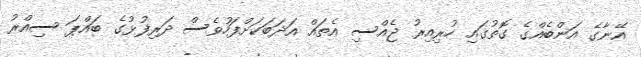
އޭނާގެ އަންބެއްގެ ގޮތުގައި ހުރިއިރު ޖެއްސި އެތައް އަދަބަކަށްފަހުވެސް ދަރިފުޅުގެ ބައްޕަ ސިއްރު